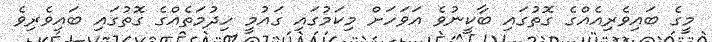
މީގެ ބައިވެރިއެއްގެ ގޮތުގައި ބާކީނުވެ އަވަހަށް މިކަމުގައި ގައުމީ ހިދުމަތެއްގެ ގޮތުގައި ބައިވެރިވެ